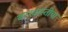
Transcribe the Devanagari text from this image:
बरखास्तीचा